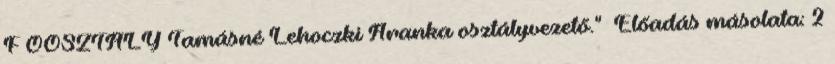
F ŐOSZTÁLY Tamásné Lehoczki Aranka osztályvezető."— Előadás másolata: 2